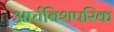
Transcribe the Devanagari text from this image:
आर्चबिशपरिक